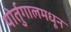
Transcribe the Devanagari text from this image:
पोर्तुगालमधून